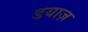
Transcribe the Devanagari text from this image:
डयाज़